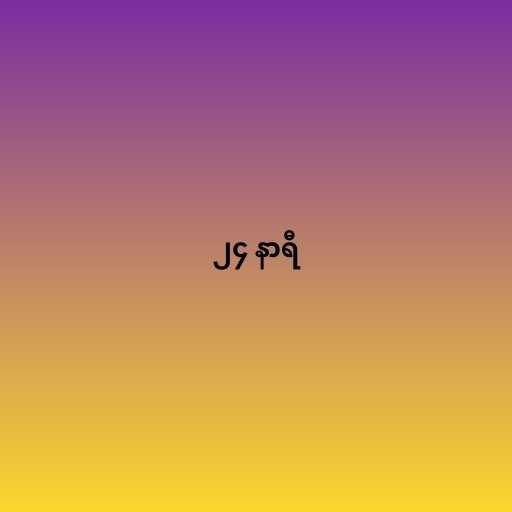
၂၄ နာရီ